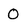
Character: 0